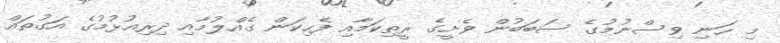
މި ހަނި ވިސްނުމުގެ ސަބަބުން ވެށީގެ ރީތިކަމާއި ފެހިކަން ގެއްލުމާއި ދިރިއުޅުމުގެ އަގުތައް